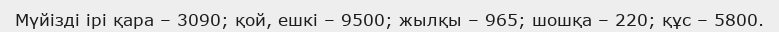
Мүйізді ірі қара – 3090; қой, ешкі – 9500; жылқы – 965; шошқа – 220; құс – 5800.